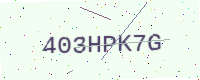
Text: 403HPK7G